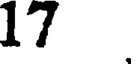
17